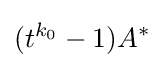
(t^{k_{0}}-1)A^{*}